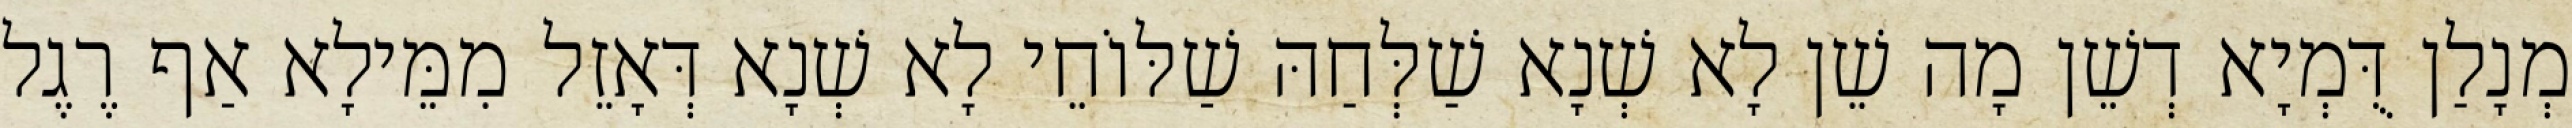
מְנָלַן דֻּמְיָא דְשֵׁן מָה שֵׁן לָא שְׁנָא שַׁלְּחַהּ שַׁלּוֹחֵי לָא שְׁנָא דְּאָזֵל מִמֵּילָא אַף רֶגֶל